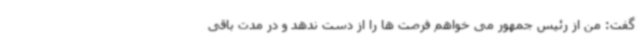
گفت: من از رئیس جمهور می خواهم فرصت ها را از دست ندهد و در مدت باقی